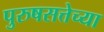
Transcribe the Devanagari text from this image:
पुरुषसत्तेच्या